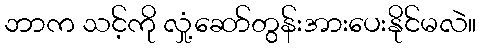
ဘာက သင့်ကို လှုံ့ဆော်တွန်းအားပေးနိုင်မလဲ။